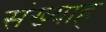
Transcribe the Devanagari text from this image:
संख्याह